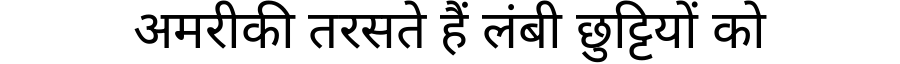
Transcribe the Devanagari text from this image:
अमरीकी तरसते हैं लंबी छुट्टियों को